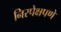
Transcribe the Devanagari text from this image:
निरपेक्षपणे